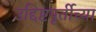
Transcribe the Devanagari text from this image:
उद्दिष्टपूर्तीच्या